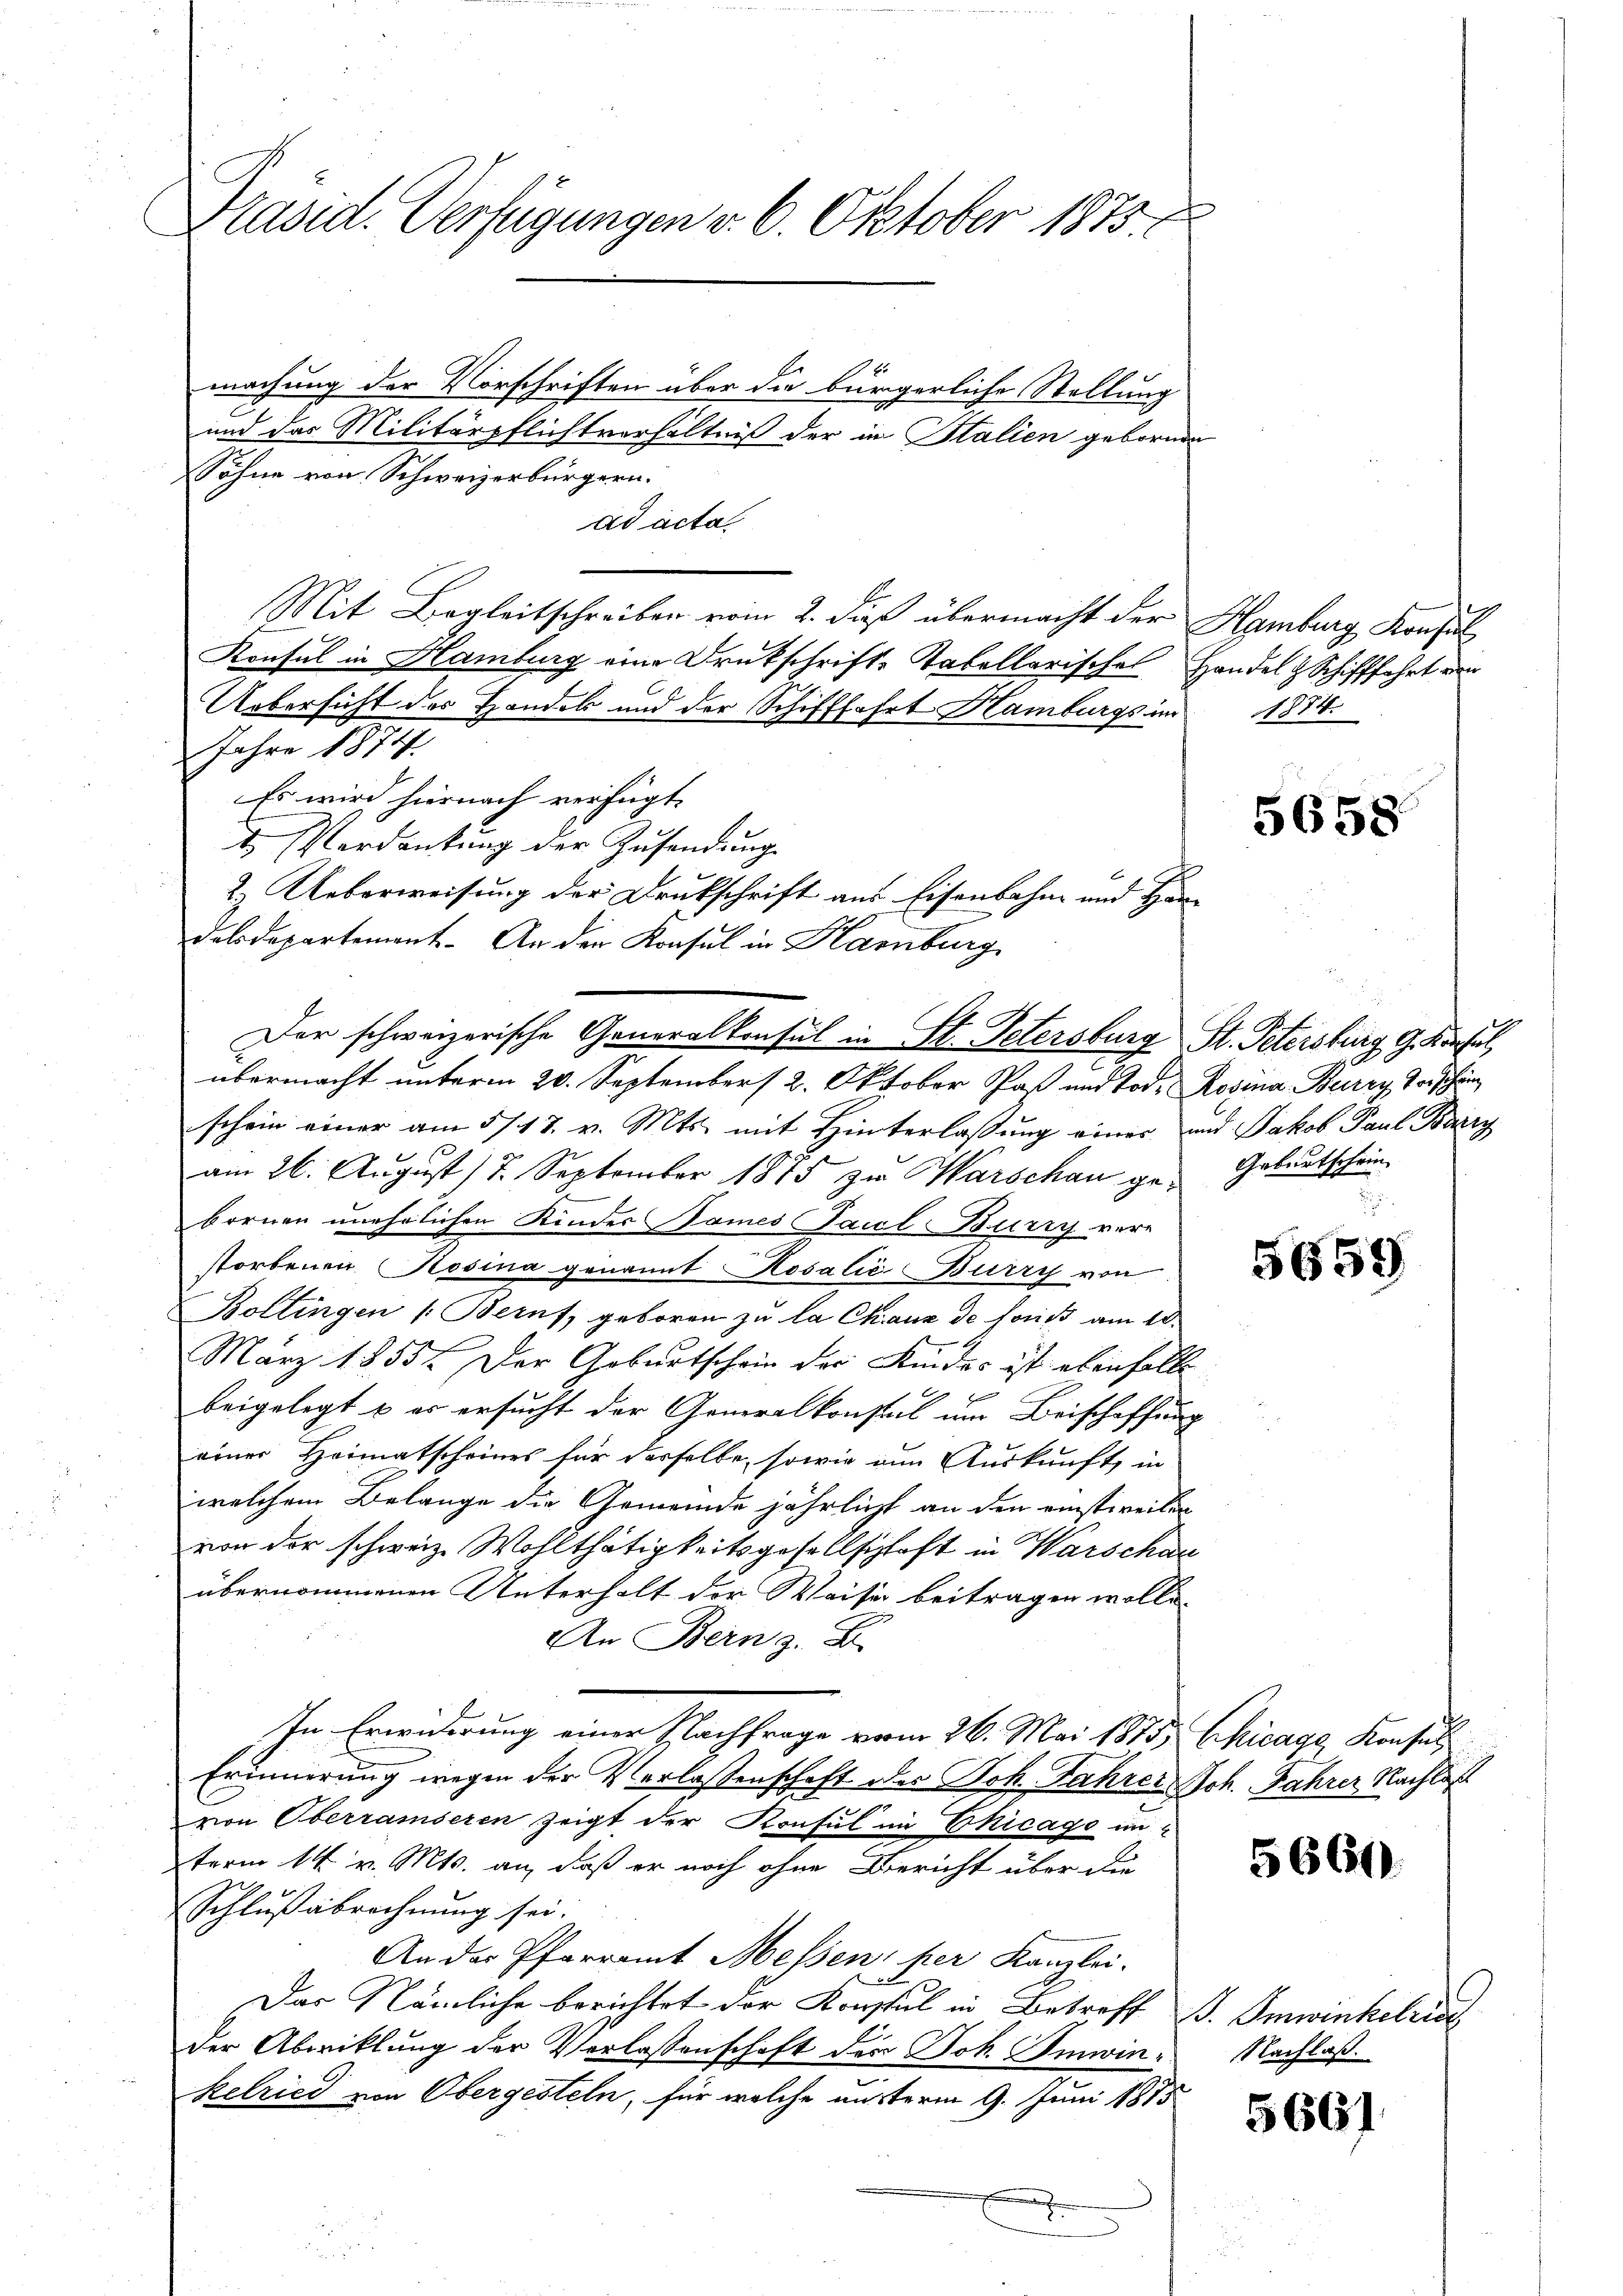
Präsid. Verfügungen v. 6. Oktober 1875.

machung der Vorschriften über die bürgerliche Stellung
und das Militärpflichtverhältniß der in Stalien geborene
Söhne von Schweizerbürgern.
ad acta
Mit Begleitschreiben vom 2. dieß übermacht der Hamburg Konstal
Konsul in Hamburg eine Druckschrift-Tabellarisches Handel & Schifffahrt von
Uebersicht des Handel und der Schifffahrt Hamburgs im
Jahre 1874.
Es wird hiernach verfügt:
erdankung der Zusendung
schein einer am 5/17. v. Mts. mit Hinterlassung einer und Jakob Paul Barry
am 26. August 17. September 1875 zu Warschau ge- Geburtschein
bornen unehelichen Kinder Sames Faul-Burry ver
storbenen Rosina genannt Rosalić Burry von
Boltingen (Beruf, geboren zu la Chaux de fonds am 10.
März 1855. Der Geburtschein der Kindes ist ebenfalle
beigelegt u es ersucht der Generalkonseil um Beischaffung
einer Heimatscheines für derselbe, sowie zum Auskunft, in
welchem Belange die Gemeinde jährlicht an den einstweilen
von der schweiz. Wohlthätigkeitsgesellschaft in Warschau
übernommenen Unterholt der Weise beitragen wolle.
An Bern z. B.
In Erwiderung einer Nachfrage vom 26. Mai 1875, Chicage Konsul
Erinnerung wegen der Verlassenschaft des Joh. Jahrer Joh. Jahrer Nachlas
von Oberraiseren zeigt der Konsul im Ekicago im
term 14. v. Mts. an, daß er noch ohne Bericht über die
Schlußabrechnung sei.
An der Pfarramt Messen, per Kanzlei.
Das Nämliche berichtet der Konsul in Betreff B. Imwinkelrin
der Abwicklung der Verlassenschaft der Joh. Imwinkelried von Obergesteln, für welche unterm 9. Juni 1815
E
u

2.) Ueberweisung der Drukschrift aus Eisenbahn- und Handelsdepartement. An der Konsul in Hamburg
Der schweizerische Generalkonsul in St. Petersburg St. Petersburg g. Konsul,
übermacht unterm 20. September 12. Oktober Paß und Tod. Rosina Burry Vorschän

1874.

5658

5659

5660.

Nachlaß.

5661.